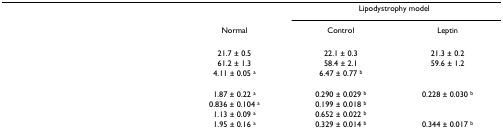
<table><thead><tr><td>[EMPTY_CELL]</td><td>[EMPTY_CELL]</td><td colspan="2"><b>Lipodystrophy model</b></td></tr><tr><td>[EMPTY_CELL]</td><td><b>Normal</b></td><td><b>Control</b></td><td><b>Leptin</b></td></tr></thead><tbody><tr><td>[EMPTY_CELL]</td><td>21.7 ± 0.5</td><td>22.1 ± 0.3</td><td>21.3 ± 0.2</td></tr><tr><td>[EMPTY_CELL]</td><td>61.2 ± 1.3</td><td>58.4 ± 2.1</td><td>59.6 ± 1.2</td></tr><tr><td>[EMPTY_CELL]</td><td>4.11 ± 0.05 <sup>a</sup></td><td>6.47 ± 0.77 <sup>b</sup></td><td>[EMPTY_CELL]</td></tr><tr><td colspan="4">[EMPTY_CELL]</td></tr><tr><td>[EMPTY_CELL]</td><td>1.87 ± 0.22 <sup>a</sup></td><td>0.290 ± 0.029 <sup>b</sup></td><td>0.228 ± 0.030 <sup>b</sup></td></tr><tr><td>[EMPTY_CELL]</td><td>0.836 ± 0.104 <sup>a</sup></td><td>0.199 ± 0.018 <sup>b</sup></td><td>[EMPTY_CELL]</td></tr><tr><td>[EMPTY_CELL]</td><td>1.13 ± 0.09 <sup>a</sup></td><td>0.652 ± 0.022 <sup>b</sup></td><td>[EMPTY_CELL]</td></tr><tr><td>[EMPTY_CELL]</td><td>1.95 ± 0.16 <sup>a</sup></td><td>0.329 ± 0.014 <sup>b</sup></td><td>0.344 ± 0.017 <sup>b</sup></td></tr></tbody></table>